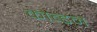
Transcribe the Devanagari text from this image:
कोब्डन